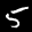
Label: 5